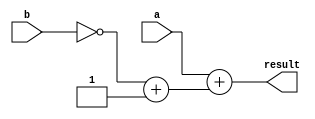
`timescale 1ns / 1ps
module subtract_8bit (a, b, result);
//define inputs and outputs
input [7:0] a, b;
output [7:0] result;
//variables used in always are declared as reg
reg [7:0] result;
//neg_b is used in the subtract operation
reg [7:0] neg_b;
always @ (a or b)
begin
neg_b = ~b + 1;
result = a + neg_b;
end
endmodule